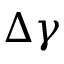
\Delta \gamma